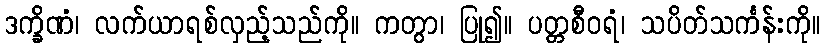
ဒက္ခိဏံ၊ လက်ယာရစ်လှည့်သည်ကို။ ကတွာ၊ ပြု၍။ ပတ္တစီဝရံ၊ သပိတ်သင်္ကန်းကို။